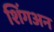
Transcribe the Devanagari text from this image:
शिंगअन